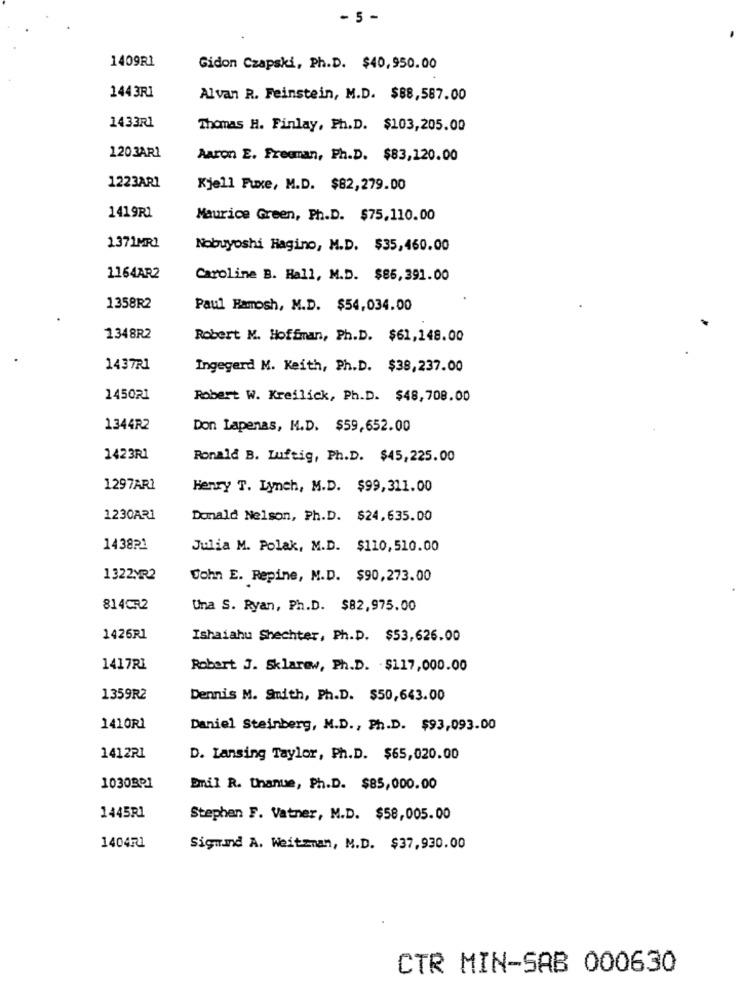
- 5 -
1409R1
Gidon Czapski, Ph.D. $40,950.00
1443RI
Alvan R. Feinstein, M.D. $88,587.00
1433R1
Thomas H. Finlay, Ph.D. $103,205.00
1203AR1
Aaron E. Freeman, Ph.D. $83,120.00
1223AR1
Kjell Fuxe, M.D. $82,279.00
1419R1
Maurice Green, Ph.D. $75,110.00
1371MR1
Nobuyoshi Hagino, M.D. $35,460.00
1164AR2
Caroline B. Hall, M.D. $86,391.00
1358R2
Paul Hamosh, M.D. $54,034.00
1348R2
Robert M. Hoffman, Ph.D. $61,148.00
1437R1
Ingegerd M. Keith, Ph.D. $38,237.00
1450R1
Robert W. Kreilick, Ph.D. $48,708.00
1344R2
Don Lapenas, M.D. $59,652.00
1423R1
Ronald B. Luftig, Ph.D. $45,225.00
1297AR1
Henry T. Lynch, M.D. $99,311.00
1230AR1
Donald Nelson, Ph.D. $24,635.00
1438₽1
Julia M. Polak, M.D. $110, 510.00
1322MR2
Sohn E. Repine, M.D. $90,273.00
814CR2
Una S. Ryan, Ph.D. $82,975.00
1425R1
Ishaiahu Shechter, Ph.D. $53,626.00
1417RI
Robert J. Sklarew, Ph.D. . $117,000.00
1359R2
Dennis M. Smith, Ph.D. $50,643.00
1410R1
Daniel Steinberg, M.D ., Ph.D. $93,093.00
1412R1
D. Lansing Taylor, Ph.D. $65,020.00
1030301
Emil R. Uhanue, Ph.D. $85,000.00
1445R1
Stephen F. Vatner, M.D. $58,005.00
1404R1
Sigmund A. Weitzman, M.D. $37,930.00
CTR MIN-SAB 000630